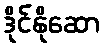
ဒိုင်နိုဆော